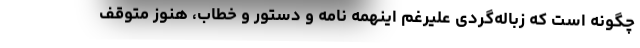
چگونه است که زباله‌گردی علیرغم اینهمه نامه و دستور و خطاب، هنوز متوقف